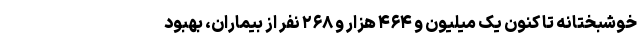
خوشبختانه تا کنون یک میلیون و ۴۶۴ هزار و ۲۶۸ نفر از بیماران، بهبود